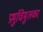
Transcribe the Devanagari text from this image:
प्रभुचिमुलकर